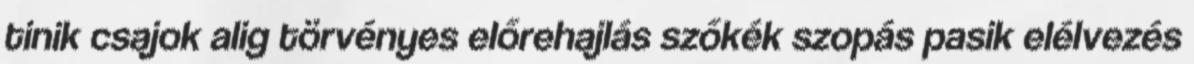
tinik csajok alig törvényes előrehajlás szőkék szopás pasik elélvezés